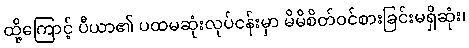
ထို့ကြောင့် ပီယာ၏ ပထမဆုံးလုပ်ငန်းမှာ မိမိစိတ်ဝင်စားခြင်းမရှိဆုံး၊